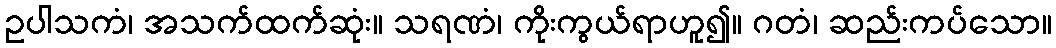
ဥပါသကံ၊ အသက်ထက်ဆုံး။ သရဏံ၊ ကိုးကွယ်ရာဟူ၍။ ဂတံ၊ ဆည်းကပ်သော။